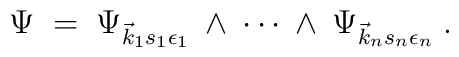
\Psi \;=\; \Psi_{\vec{k}_1 s_1 \epsilon_1} \:\wedge\: \cdots \:\wedge\:\Psi_{\vec{k}_n s_n \epsilon_n} \;.